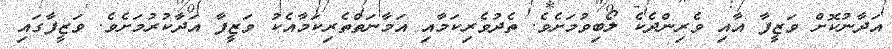
އަދާނުކޮށް ވަޒީފާ އާއި ވެރިންދެކެ ލޯބިވުމަށެވެ. ތެދުވެރިކަމާއި އަމާނަތްތެރިކަމާއެކު ވަޒީފާ އަދާކުރުމަށެވެ. ވަޒީފާގައި